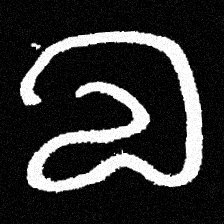
Pyu character \u2014 Myanmar letter: လ (romanized: la)